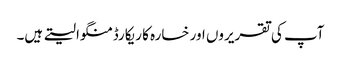
آپ کی تقریروں اور خسارہ کا ریکارڈ منگوا لیتے ہیں۔